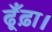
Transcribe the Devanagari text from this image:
ढूँढ़ा।